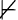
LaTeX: \nvdash